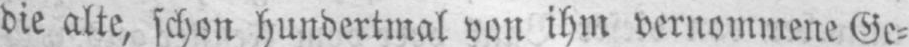
die alte, schon hundertmal von ihm vernommene Ge⸗